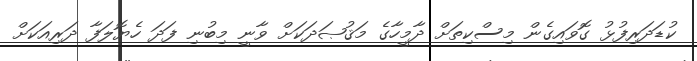
ކުޑަދަރިފުޅު ގޮވައިގެން މިސްކިތަށް ދާމީހާގެ މަޤުޞަދަކަށް ވާނީ މިބުނި ފަދަ ހެޔޮލަފާ ދަރިއަކަށް